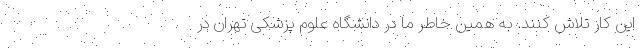
این کار تلاش کنند. به همین خاطر ما در دانشگاه علوم پزشکی تهران در